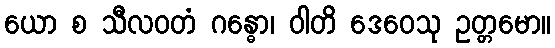
ယော စ သီလဝတံ ဂန္ဓော၊ ဝါတိ ဒေဝေသု ဥတ္တမော။